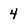
Character: 4